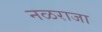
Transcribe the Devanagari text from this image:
नळराजा